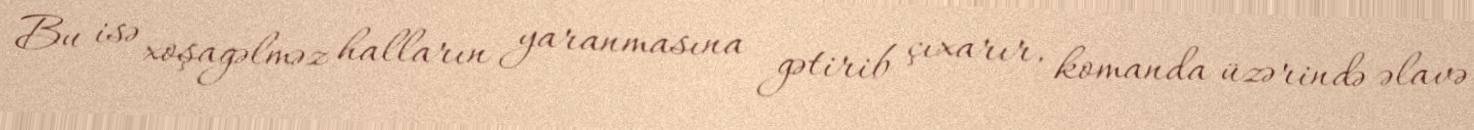
Bu isə xoşagəlməz halların yaranmasına gətirib çıxarır, komanda üzərində əlavə